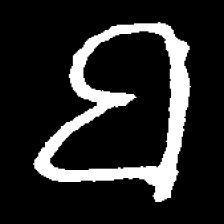
Pyu character \u2014 Myanmar letter: ဗ (romanized: ba)